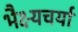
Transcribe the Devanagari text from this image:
भैक्ष्यचर्या